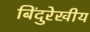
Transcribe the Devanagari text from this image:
बिंदुरेखीय